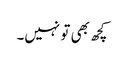
کچھ بھی تو نہیں۔